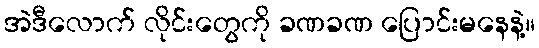
အဲဒီလောက် လိုင်းတွေကို ခဏခဏ ပြောင်းမနေနဲ့။